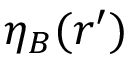
\eta _ { B } ( \boldsymbol { r } ^ { \prime } )